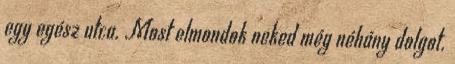
egy egész utca. Most elmondok neked még néhány dolgot.